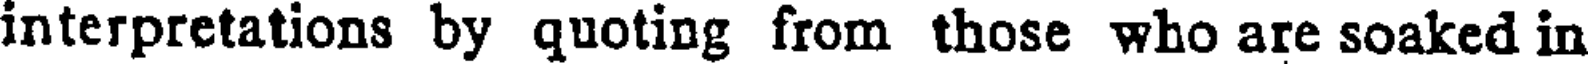
interpretations by quoting from those who are soaked in